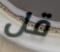
قل